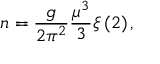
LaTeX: n = \frac { g } { 2 \pi ^ { 2 } } \frac { \mu ^ { 3 } } { 3 } \xi \left( 2 \right) ,